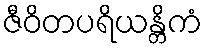
ဇီဝိတပရိယန္တိကံ